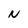
Character: N